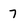
Character: 7